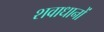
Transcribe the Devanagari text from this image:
शवाधानों